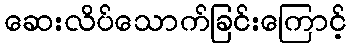
ဆေးလိပ်သောက်ခြင်းကြောင့်